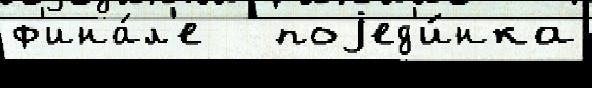
ф'ина́л'е   поjед'и́нка